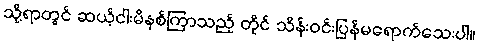
သို့ရာတွင် ဆယ့်ငါးမိနစ်ကြာသည့် တိုင် သိန်းဝင်းပြန်မရောက်သေးပါ။